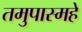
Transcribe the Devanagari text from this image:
तमुपास्महे